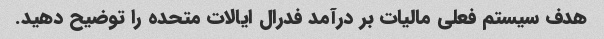
هدف سیستم فعلی مالیات بر درآمد فدرال ایالات متحده را توضیح دهید.